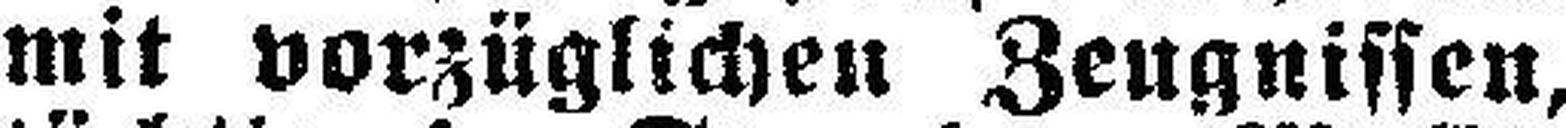
mit vorzüglichen Zeugnissen,